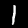
Label: 1